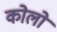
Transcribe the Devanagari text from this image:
कोलो